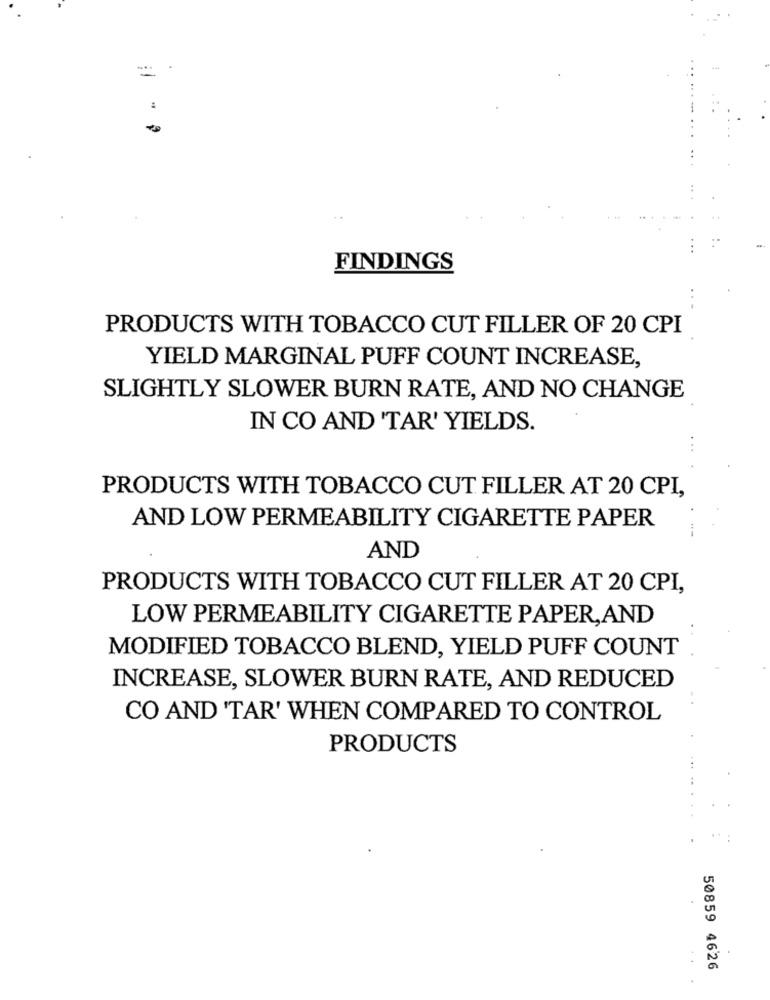
FINDINGS
PRODUCTS WITH TOBACCO CUT FILLER OF 20 CPI
YIELD MARGINAL PUFF COUNT INCREASE,
SLIGHTLY SLOWER BURN RATE, AND NO CHANGE
IN CO AND 'TAR' YIELDS.
PRODUCTS WITH TOBACCO CUT FILLER AT 20 CPI,
AND LOW PERMEABILITY CIGARETTE PAPER
AND
PRODUCTS WITH TOBACCO CUT FILLER AT 20 CPI,
LOW PERMEABILITY CIGARETTE PAPER,AND
MODIFIED TOBACCO BLEND, YIELD PUFF COUNT
INCREASE, SLOWER BURN RATE, AND REDUCED
CO AND 'TAR' WHEN COMPARED TO CONTROL
PRODUCTS
50859 4626